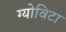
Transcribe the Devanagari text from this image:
ग्योविटा